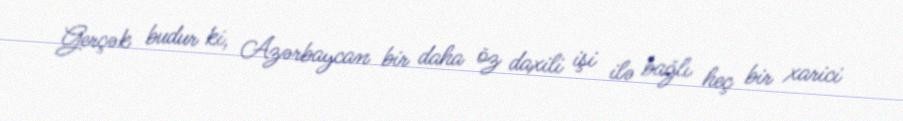
Gerçək budur ki, Azərbaycan bir daha öz daxili işi ilə bağlı heç bir xarici